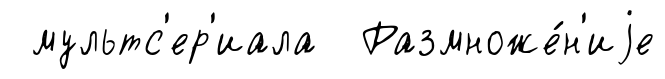
мультс'ер'иала Размноже́н'иjе